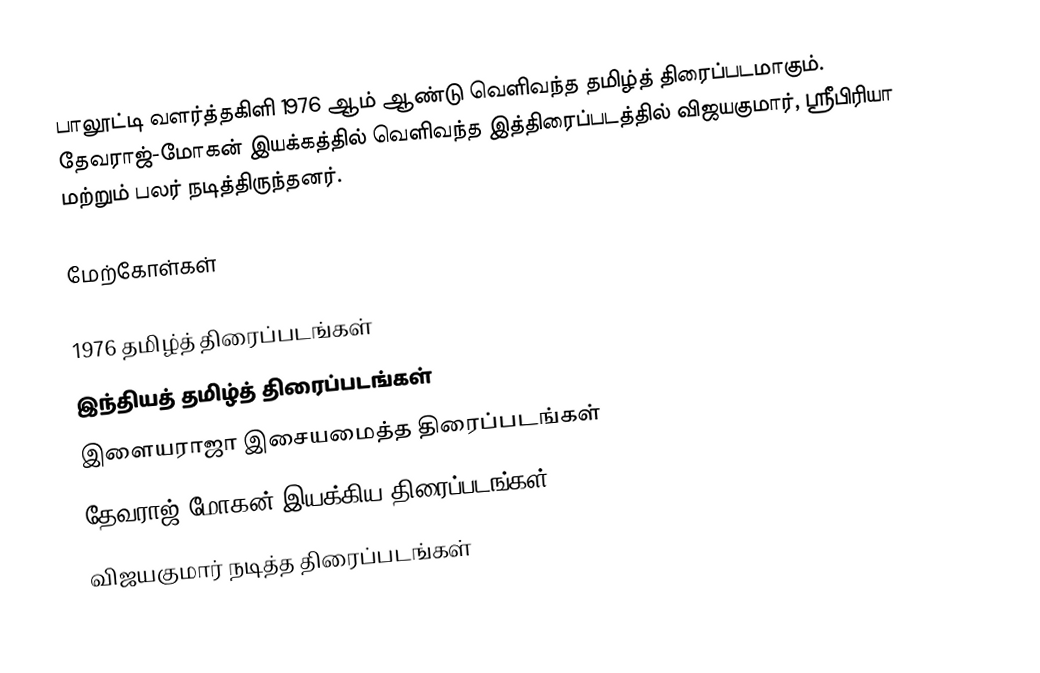
பாலூட்டி வளர்த்தகிளி 1976 ஆம் ஆண்டு வெளிவந்த தமிழ்த் திரைப்படமாகும். தேவராஜ்-மோகன் இயக்கத்தில் வெளிவந்த இத்திரைப்படத்தில் விஜயகுமார், ஸ்ரீபிரியா மற்றும் பலர் நடித்திருந்தனர்.

மேற்கோள்கள்

1976 தமிழ்த் திரைப்படங்கள்
இந்தியத் தமிழ்த் திரைப்படங்கள்
இளையராஜா இசையமைத்த திரைப்படங்கள்
தேவராஜ்-மோகன் இயக்கிய திரைப்படங்கள்
விஜயகுமார் நடித்த திரைப்படங்கள்